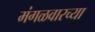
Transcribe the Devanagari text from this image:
मंगळवारच्या